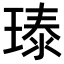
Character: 𪼃